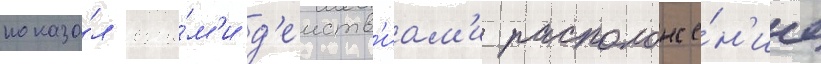
показа́л свои́м'и д'еиств'иам'и расположе́н'ие